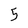
Character: 5